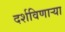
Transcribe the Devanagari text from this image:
दर्शविणाऱ्या